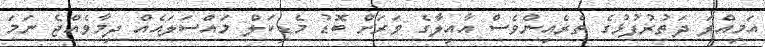
އަމިއްލަ ދަތުރުފުޅުގެ ތެރެއިންވެސް އާއިލާގެ ވަރަށް ބޮޑު މެޑިކަލް މައްސަލައެއް ދިމާވެއްޖެ ނަމަ